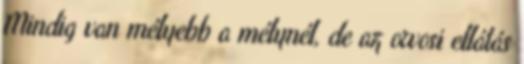
Mindig van mélyebb a mélynél, de az orvosi ellátás